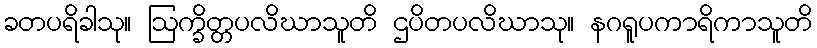
ခတပရိခါသု။ ဩက္ခိတ္တပလိဃာသူတိ ဌပိတပလိဃာသု။ နဂရူပကာရိကာသူတိ